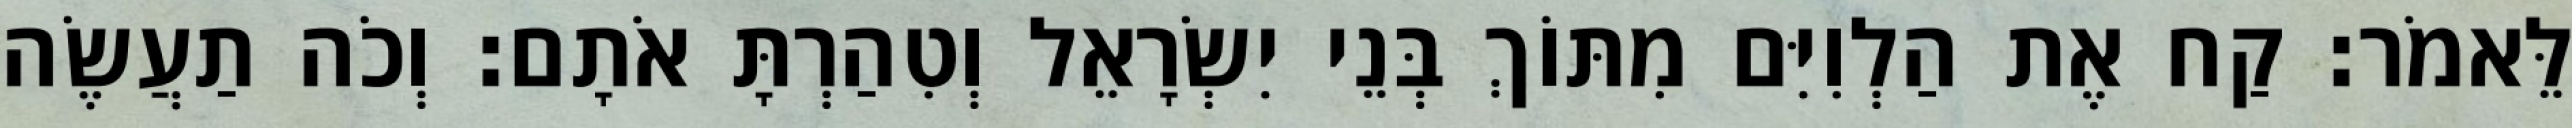
לֵּאמֹר׃ קַח אֶת הַלְוִיִּם מִתּוֹךְ בְּנֵי יִשְׂרָאֵל וְטִהַרְתָּ אֹתָם׃ וְכֹה תַעֲשֶׂה